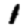
Digit: 1